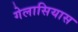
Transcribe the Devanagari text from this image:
गेलासियास